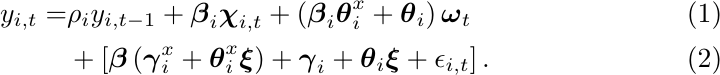
\begin{align}
y_{i,t} =& \rho_i y_{i,t-1} +\boldsymbol{\beta}_i\boldsymbol{\chi}_{i,t} + \left(\boldsymbol{\beta}_i\boldsymbol{\theta}_i^x + \boldsymbol{\theta}_i\right)\boldsymbol{\omega}_{t} \label{eq:FinalModel}\\
&+ \left[\boldsymbol{\beta}\left(\boldsymbol{\gamma}_i^x+\boldsymbol{\theta}_i^x\boldsymbol{\xi}\right)+\boldsymbol{\gamma}_i+\boldsymbol{\theta}_i\boldsymbol{\xi}+\epsilon_{i,t}\right].
\end{align}